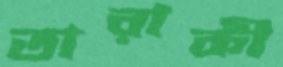
তারাকী